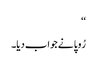
‘‘
رُوپا نے جواب دیا۔